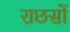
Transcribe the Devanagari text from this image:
राछसों